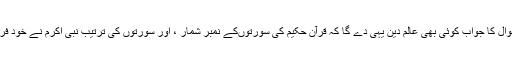
اس سوال کا جواب کوئی بھی عالم دین یہی دے گا کہ قرآن حکیم کی سورتوں‌کے نمبر شمار ، اور سورتوں کی ترتیب نبی اکرم نے خود فرمائی۔